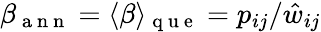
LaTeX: \beta_{\mathrm{~a~n~n~}}=\langle\beta\rangle_{\mathrm{~q~u~e~}}=p_{ij}/\hat{w}_{ij}